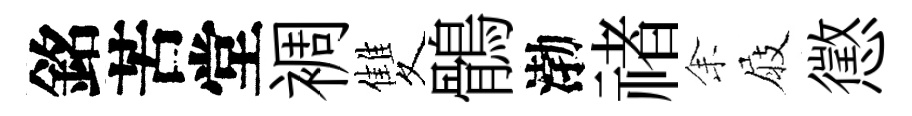
銘苦堂裯雙鶻渤禇𪜬屐懲